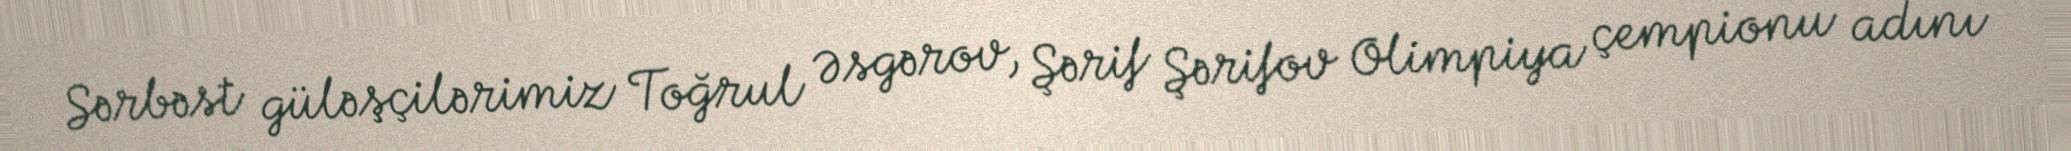
Sərbəst güləşçilərimiz Toğrul Əsgərov, Şərif Şərifov Olimpiya çempionu adını